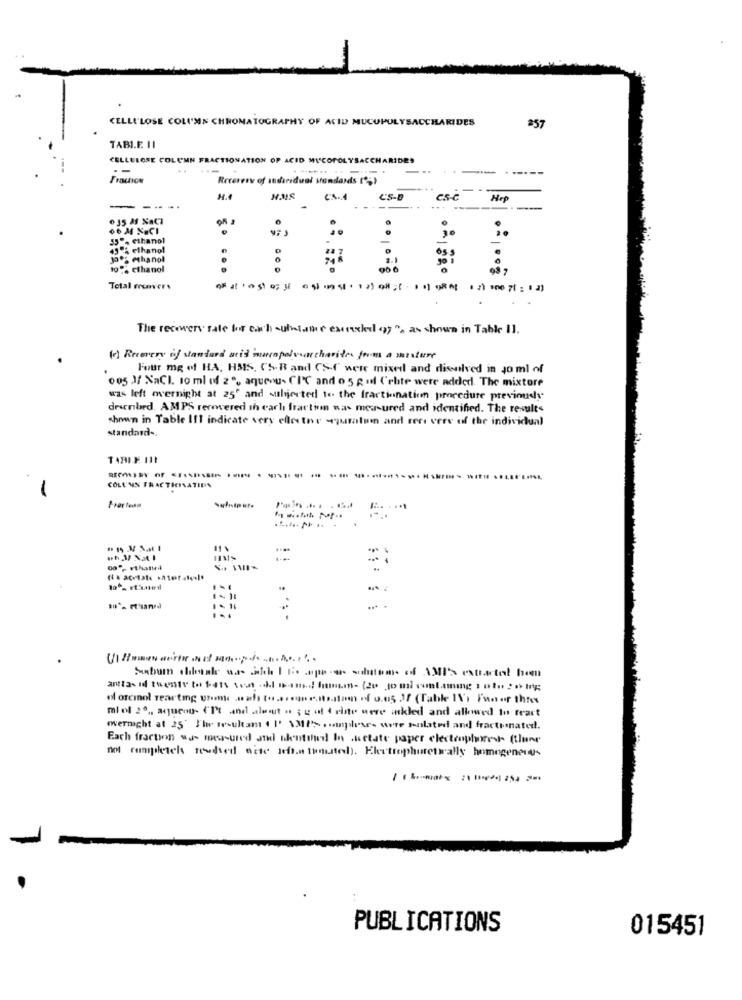
CELLULOSE COLUMN CHROMATOGRAPHY OF ACID MUCUPOLYSACCHARIDES
257
TABLE. 11
CELLULOSE COLUMN FRACTIONATION OF ACID MISCOPOLYSACCHARIDES
--
--
------
Fraction
Reeeresv of sudaridual sandants (";)
1.4
CS-D
CS-C Hep
-
6 35 M NaCI
55 % ethanol
A Flhanol
-
-
.
He Phanot
74 Å
.
10 % Ethanol
Total erenvers
The recovery rate for each sufiume camasled of ". as shown in Table 11.
(r) Recovery of standard mis musspolvar charite from a murature
Four mg of HA, HMIS, CS-R and CS-f" were mixed and dissolved in Jo ml of
005 1 NaCl. 10 ml of 2% aqueous CIC and o 5 gul C'ehte were added. The mixtore
was left overnight at 25" and subjected to the fractionation procedure previously
described. AMPS recovered in cach fraction was measured and identified. The results
shown in Table III indicate very ellector -qualum and rer vere of the individual
standard -.
TARLE INI
-
COLL'UN FRACTIONATION
.. .
....
antas id twenty to bets sont MI Band hamum- (20 som) somtaming : oto ? om;
of orcinol reartig theme aah to ... un .. its.itam of 0.05 If (Table IV's Fan er thro
miel 2º ,, aqucou- ('Pt and aleout o ; g ul { elite were asked and allowed to frart
mernight at 25' The wrsultan ( I' \MP> complexes were Holated and fractonated.
Each fraction was measured and aientshed In dictate paper electrophoresis (thane
not completeh rendted acte sehn tinted). Ekstrophoretually homogenei-
PUBLICATIONS
015451